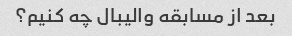
بعد از مسابقه والیبال چه کنیم؟